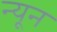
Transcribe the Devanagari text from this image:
न्‍यून